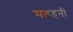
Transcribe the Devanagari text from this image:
मडहनी